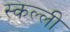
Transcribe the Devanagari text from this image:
स्कल्ली